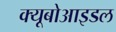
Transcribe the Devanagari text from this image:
क्यूबोआइडल